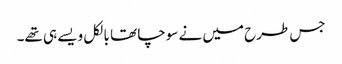
جس طرح میں نے سوچا تھا بالکل ویسے ہی تھے۔